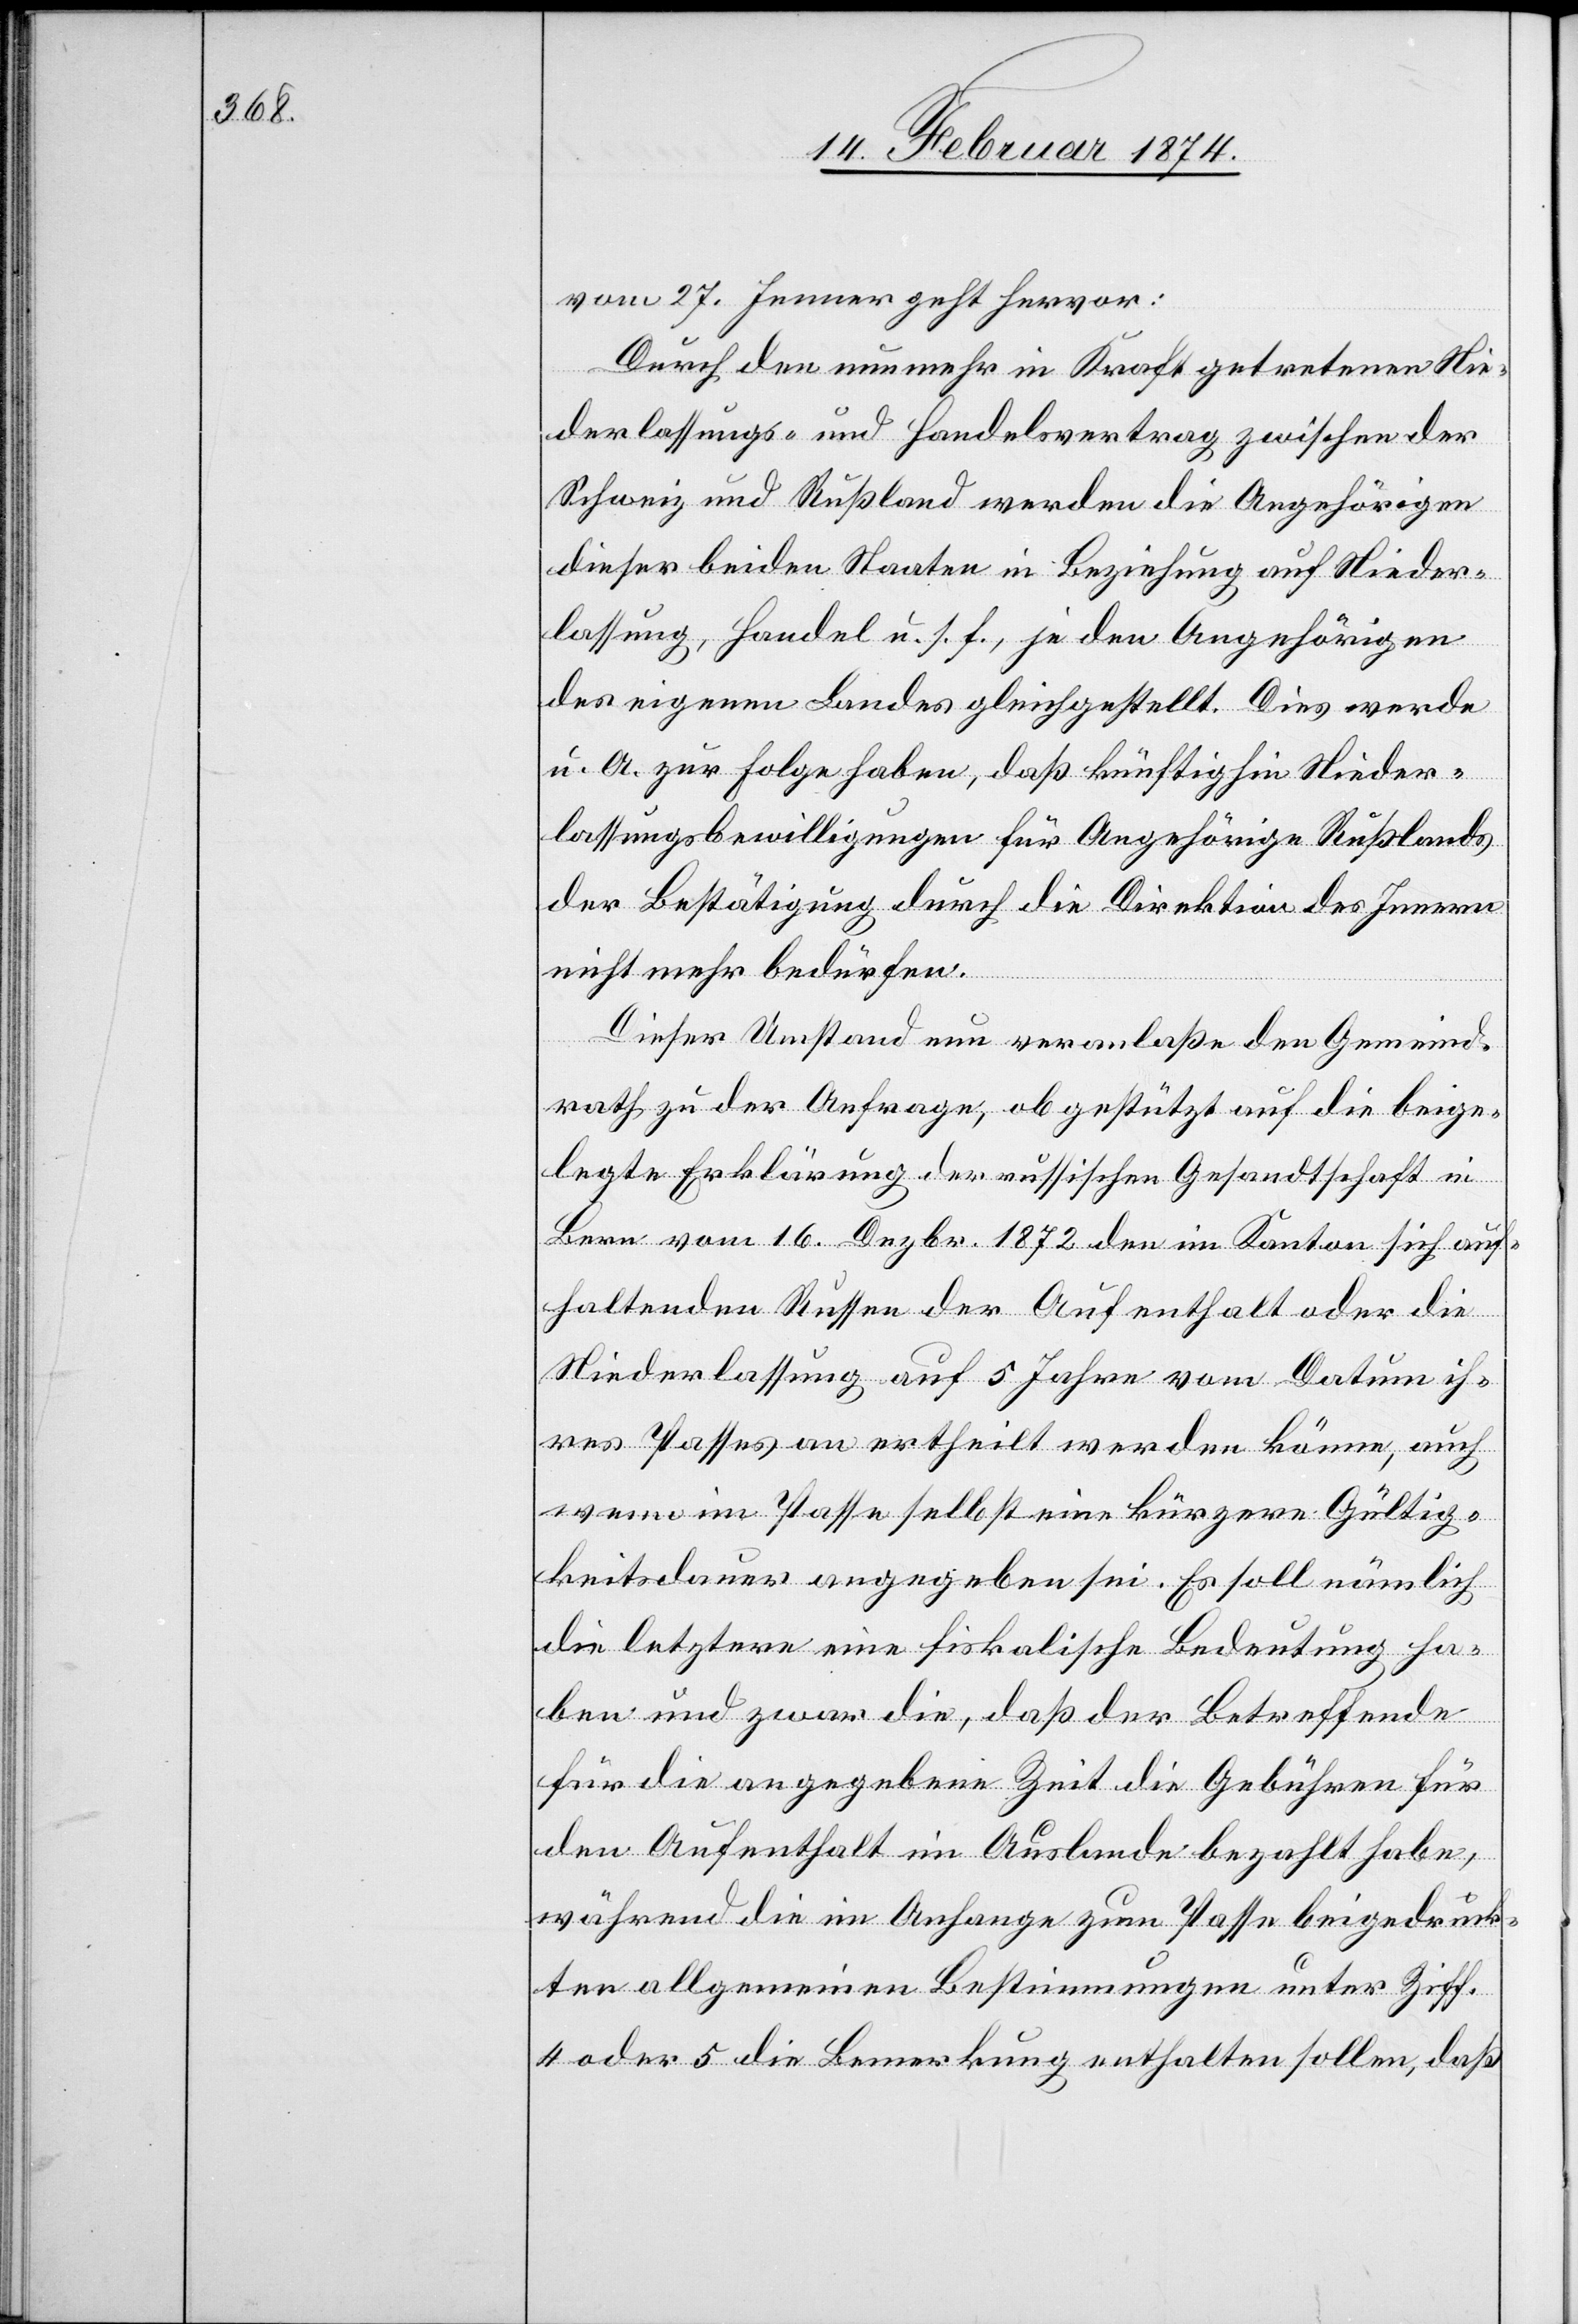
vom 27. Jenner geht hervor:
Durch den nunmehr in Kraft getretenen Nie¬
derlassungs- und Handelsvertrag zwischen der
Schweiz und Rußland werden die Angehörigen
dieser beiden Staaten in Beziehung auf Nieder¬
lassung, Handel u. s. f., je den Angehörigen
des eigenen Landes gleichgestellt. Dies werde
u. A. zur Folge haben, daß künftighin Nieder¬
lassungsbewilligungen für Angehörige Rußlands
der Bestätigung durch die Direktion des Innern
nicht mehr bedürfen.
Dieser Umstand nun veranlaße den Gemeind¬
rath zu der Anfrage, ob gestützt auf die beige¬
legte Erklärung der russischen Gesandtschaft in
Bern vom 16. Dezbr. 1872 den im Kanton sich auf¬
haltenden Russen der Aufenthalt oder die
Niederlassung auf 5 Jahre vom Datum ih¬
res Passes an ertheilt werden könne, auch
wenn im Passe selbst keine kürzere Gültig¬
keitsdauer angegeben sei. Es soll nämlich
die letztere eine fiskalische Bedeutung ha¬
ben und zwar die, daß der Betreffende
für die angegebene Zeit die Gebühren für
den Aufenthalt im Auslande bezahlt habe,
während die im Anhange zum Passe beigedruck¬
ten allgemeinen Bestimmungen unter Ziff.
4 oder 5 die Bemerkung enthalten sollen, daß